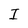
Character: I